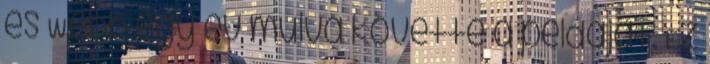
és Webb egy év múlva követte a példáját. Ez